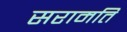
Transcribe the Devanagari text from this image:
सरामति